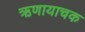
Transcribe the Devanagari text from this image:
ऋणायाचक